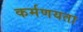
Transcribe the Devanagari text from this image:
कर्मणयता